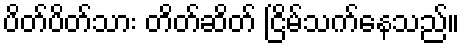
ပိတ်ပိတ်သား တိတ်ဆိတ် ငြိမ်သက်နေသည်။